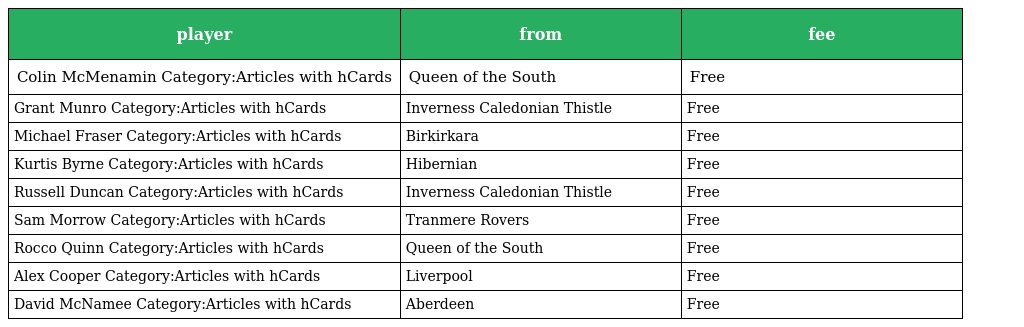
| player | from | fee |
 | --- | --- | --- |
 | Colin McMenamin Category:Articles with hCards | Queen of the South | Free |
 | Grant Munro Category:Articles with hCards | Inverness Caledonian Thistle | Free |
 | Michael Fraser Category:Articles with hCards | Birkirkara | Free |
 | Kurtis Byrne Category:Articles with hCards | Hibernian | Free |
 | Russell Duncan Category:Articles with hCards | Inverness Caledonian Thistle | Free |
 | Sam Morrow Category:Articles with hCards | Tranmere Rovers | Free |
 | Rocco Quinn Category:Articles with hCards | Queen of the South | Free |
 | Alex Cooper Category:Articles with hCards | Liverpool | Free |
 | David McNamee Category:Articles with hCards | Aberdeen | Free |